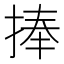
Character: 捧